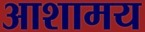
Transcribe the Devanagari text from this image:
आशामय